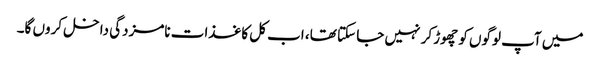
میں آپ لوگوں کو چھوڑ کر نہیں جا سکتا تھا، اب کل کاغذات نامزدگی داخل کروں گا۔